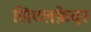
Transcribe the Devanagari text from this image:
लिटलफ़ेदर